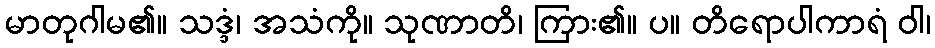
မာတုဂါမ၏။ သဒ္ဒံ၊ အသံကို။ သုဏာတိ၊ ကြား၏။ ပ။ တိရောပါကာရံ ဝါ၊